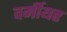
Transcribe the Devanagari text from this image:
वर्मीयर